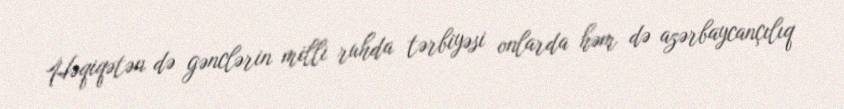
Həqiqətən də gənclərin milli ruhda tərbiyəsi onlarda həm də azərbaycançılıq